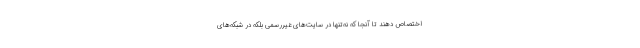
اختصاص دهند تا آنجا که نه‌تنها در سایت‌های غیررسمی بلکه در شبکه‌های